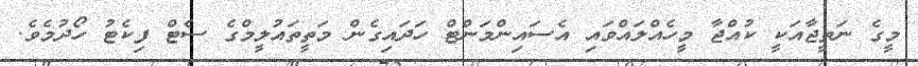
މީގެ ނަތީޖާއަކީ ކުއްޖާ މީހެއްލައްވައި އެސައިންމަންޓް ހަދައިގެން މަތީތައުލީމްގެ ސެޓް ފިކެޓު ހޯދުމެވެ.